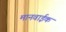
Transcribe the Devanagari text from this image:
मानवाईक